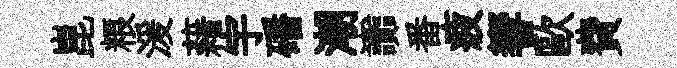
崑粮湲藉宇磻潮讟番疲響歐費